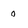
Character: 0